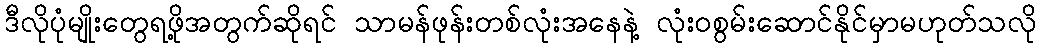
ဒီလိုပုံမျိုးတွေရဖို့အတွက်ဆိုရင် သာမန်ဖုန်းတစ်လုံးအနေနဲ့ လုံးဝစွမ်းဆောင်နိုင်မှာမဟုတ်သလို